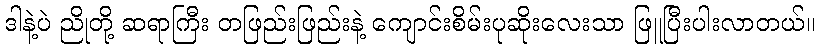
ဒါနဲ့ပဲ ညိုတို့ ဆရာကြီး တဖြည်းဖြည်းနဲ့ ကျောင်းစိမ်းပုဆိုးလေးသာ ဖြူပြီးပါးလာတယ်။